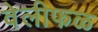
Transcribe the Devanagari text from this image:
वेलीफळ